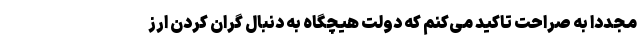
مجددا به صراحت تاکید می‌کنم که دولت هیچگاه به دنبال گران کردن ارز